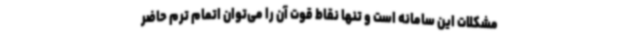
مشکلات این سامانه است و تنها نقاط قوت آن را می‌توان اتمام ترم حاضر